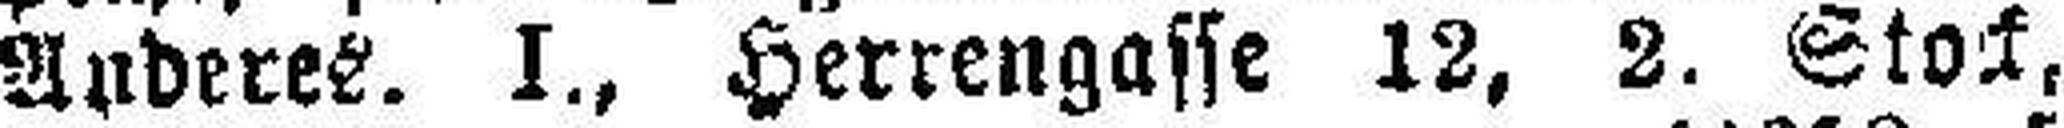
Anderes. I., Herrengasse 12, 2. Stock,